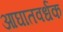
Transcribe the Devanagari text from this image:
आघातवर्धक